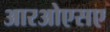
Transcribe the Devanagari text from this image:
आरओएसए